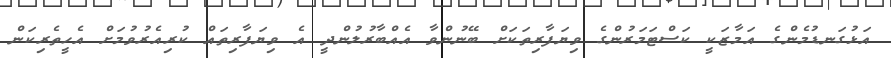
އަޅުގަނޑުމެންގެ އަމާޒަކީ ކަސްޓަމަރުންގެ ވިޔަފާރިތަކަށް ބޭނުންވާ އެއްބާރުލުންދީ އެ ވިޔަފާރިތައް ކުރިއެރުވުމަށް އެހީތެރިކަން